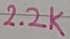
Text: 2.2K